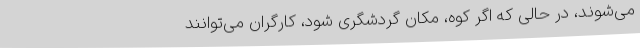
می‌شوند، در حالی‌ که اگر کوه، مکان گردشگری شود، کارگران می‌توانند